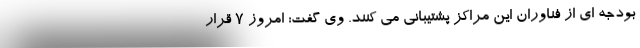
بودجه ای از فناوران این مراکز پشتیبانی می کنند. وی گفت: امروز ۷ قرار